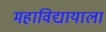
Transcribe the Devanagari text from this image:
महाविद्यायाला